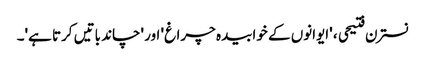
نسترن فتیحی ، 'ایوانوں کے خوابیدہ چراغ' اور 'چاند باتیں کرتا ہے'۔